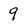
Character: 9